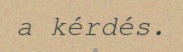
a kérdés.